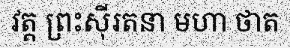
វត្ត ព្រះស៊ីរតនា មហា ថាត